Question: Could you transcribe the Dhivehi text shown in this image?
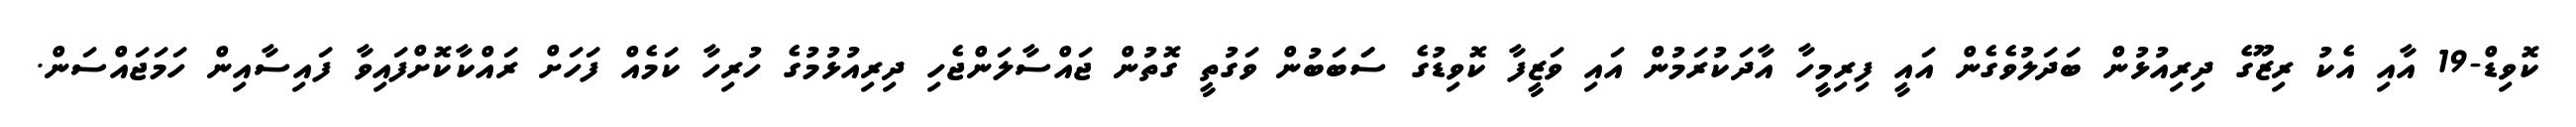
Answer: ކޮވިޑް-19 އާއި އެކު ރިޒޫގެ ދިރިއުޅުން ބަދަލުވެގެން އައީ ފިރިމީހާ އާދަކުރަމުން އައި ވަޒީފާ ކޮވިޑުގެ ސަަބަބުން ވަގުތީ ގޮތުން ޖައްސާލަންޖެހި ދިރިއުޅުމުގެ ހުރިހާ ކަމެއް ފަހަށް ރައްކާކޮށްފައިވާ ފައިސާއިން ހަމަޖައްސަން.